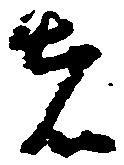
者